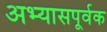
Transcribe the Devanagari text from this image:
अभ्यासपूर्वक